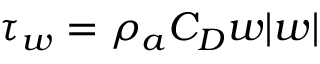
\tau _ { w } = \rho _ { a } C _ { D } w | w |